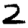
Digit: 2